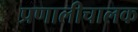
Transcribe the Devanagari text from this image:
प्रणालीचालक